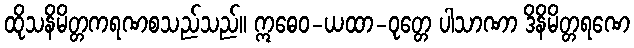
ထိုသနိမိတ္တကရဏစသည်သည်။ ဣဓေဝ-ယထာ-ဝုတ္တေ ပါသာဏာ ဒိနိမိတ္တရဏေ